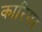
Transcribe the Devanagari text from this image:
कारिगर